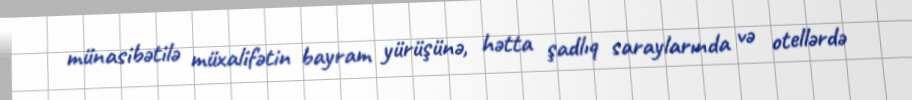
münasibətilə müxalifətin bayram yürüşünə, hətta şadlıq saraylarında və otellərdə